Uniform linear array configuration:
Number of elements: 16
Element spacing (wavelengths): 1
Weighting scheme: blackman
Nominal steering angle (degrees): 30
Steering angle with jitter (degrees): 29.634
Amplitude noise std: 0.05
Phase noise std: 0.05

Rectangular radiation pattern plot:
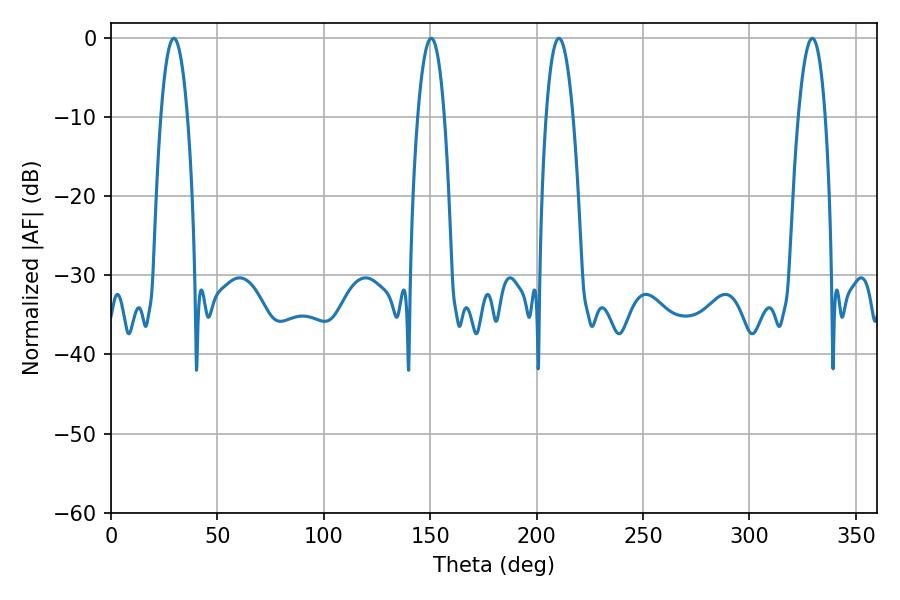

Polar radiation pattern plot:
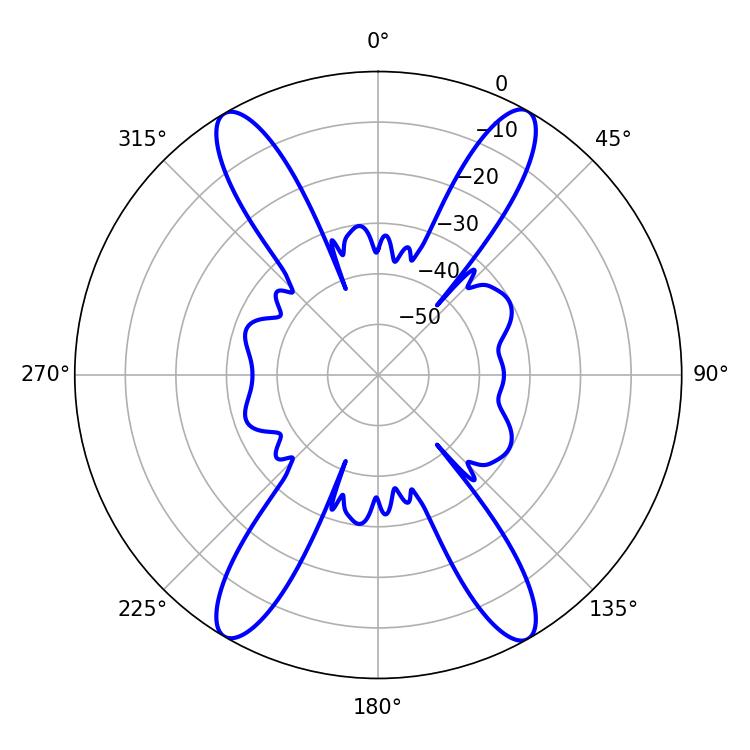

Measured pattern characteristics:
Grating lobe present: TRUE
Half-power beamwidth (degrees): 7.02
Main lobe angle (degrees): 29.52